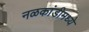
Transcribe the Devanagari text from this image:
नळकांडीमध्ये